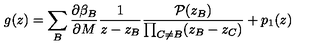
g ( z ) = \sum _ { B } \frac { \partial \beta _ { B } } { \partial M } \frac { 1 } { z - z _ { B } } \frac { { \cal P } ( z _ { B } ) } { \prod _ { C \neq B } ( z _ { B } - z _ { C } ) } + p _ { 1 } ( z )